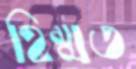
হিম্মত